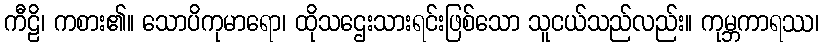
ကီဠိ၊ ကစား၏။ သောပိကုမာရော၊ ထိုသဌေးသားရင်းဖြစ်သော သူငယ်သည်လည်း။ ကုမ္ဘကာရဿ၊